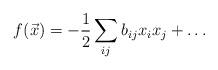
LaTeX: \begin{align*}f(\vec x)=-{1\over 2}\sum_{ij} b_{ij}x_i x_j+\dots \end{align*}